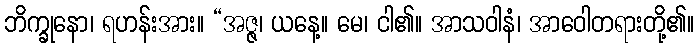
ဘိက္ခုနော၊ ရဟန်းအား။ “အဇ္ဇ၊ ယနေ့။ မေ၊ ငါ၏။ အာသဝါနံ၊ အာဝေါတရားတို့၏။